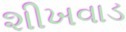
શીખવાડ